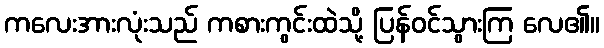
ကလေးအားလုံးသည် ကစားကွင်းထဲသို့ ပြန်ဝင်သွားကြ လေ၏။